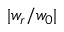
| w _ { r } / w _ { 0 } |